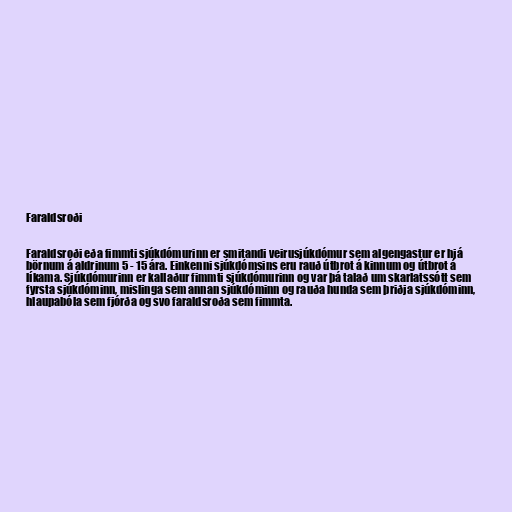
Faraldsroði

Faraldsroði eða fimmti sjúkdómurinn er smitandi veirusjúkdómur sem algengastur er hjá
börnum á aldrinum 5 - 15 ára. Einkenni sjúkdómsins eru rauð útbrot á kinnum og útbrot á
líkama. Sjúkdómurinn er kallaður fimmti sjúkdómurinn og var þá talað um skarlatssótt sem
fyrsta sjúkdóminn, mislinga sem annan sjúkdóminn og rauða hunda sem þriðja sjúkdóminn,
hlaupabóla sem fjórða og svo faraldsroða sem fimmta.